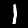
Digit: 1